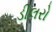
ડીલરો